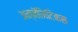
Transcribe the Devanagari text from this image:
अन्नॅमिटिकस